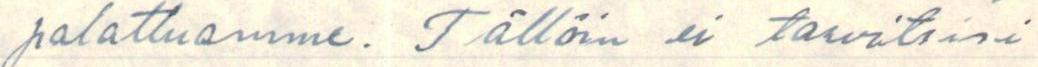
palattuamme. Tällöin ei tarvitsisi